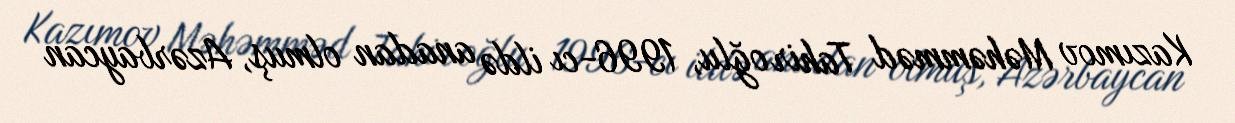
Kazımov Məhəmməd Tahir oğlu, 1996-cı ildə anadan olmuş, Azərbaycan